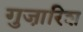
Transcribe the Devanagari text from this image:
गुजा़रिश